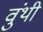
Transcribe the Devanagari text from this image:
वुंथी